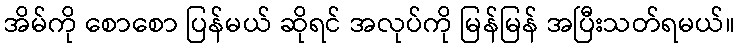
အိမ်ကို စောစော ပြန်မယ် ဆိုရင် အလုပ်ကို မြန်မြန် အပြီးသတ်ရမယ်။